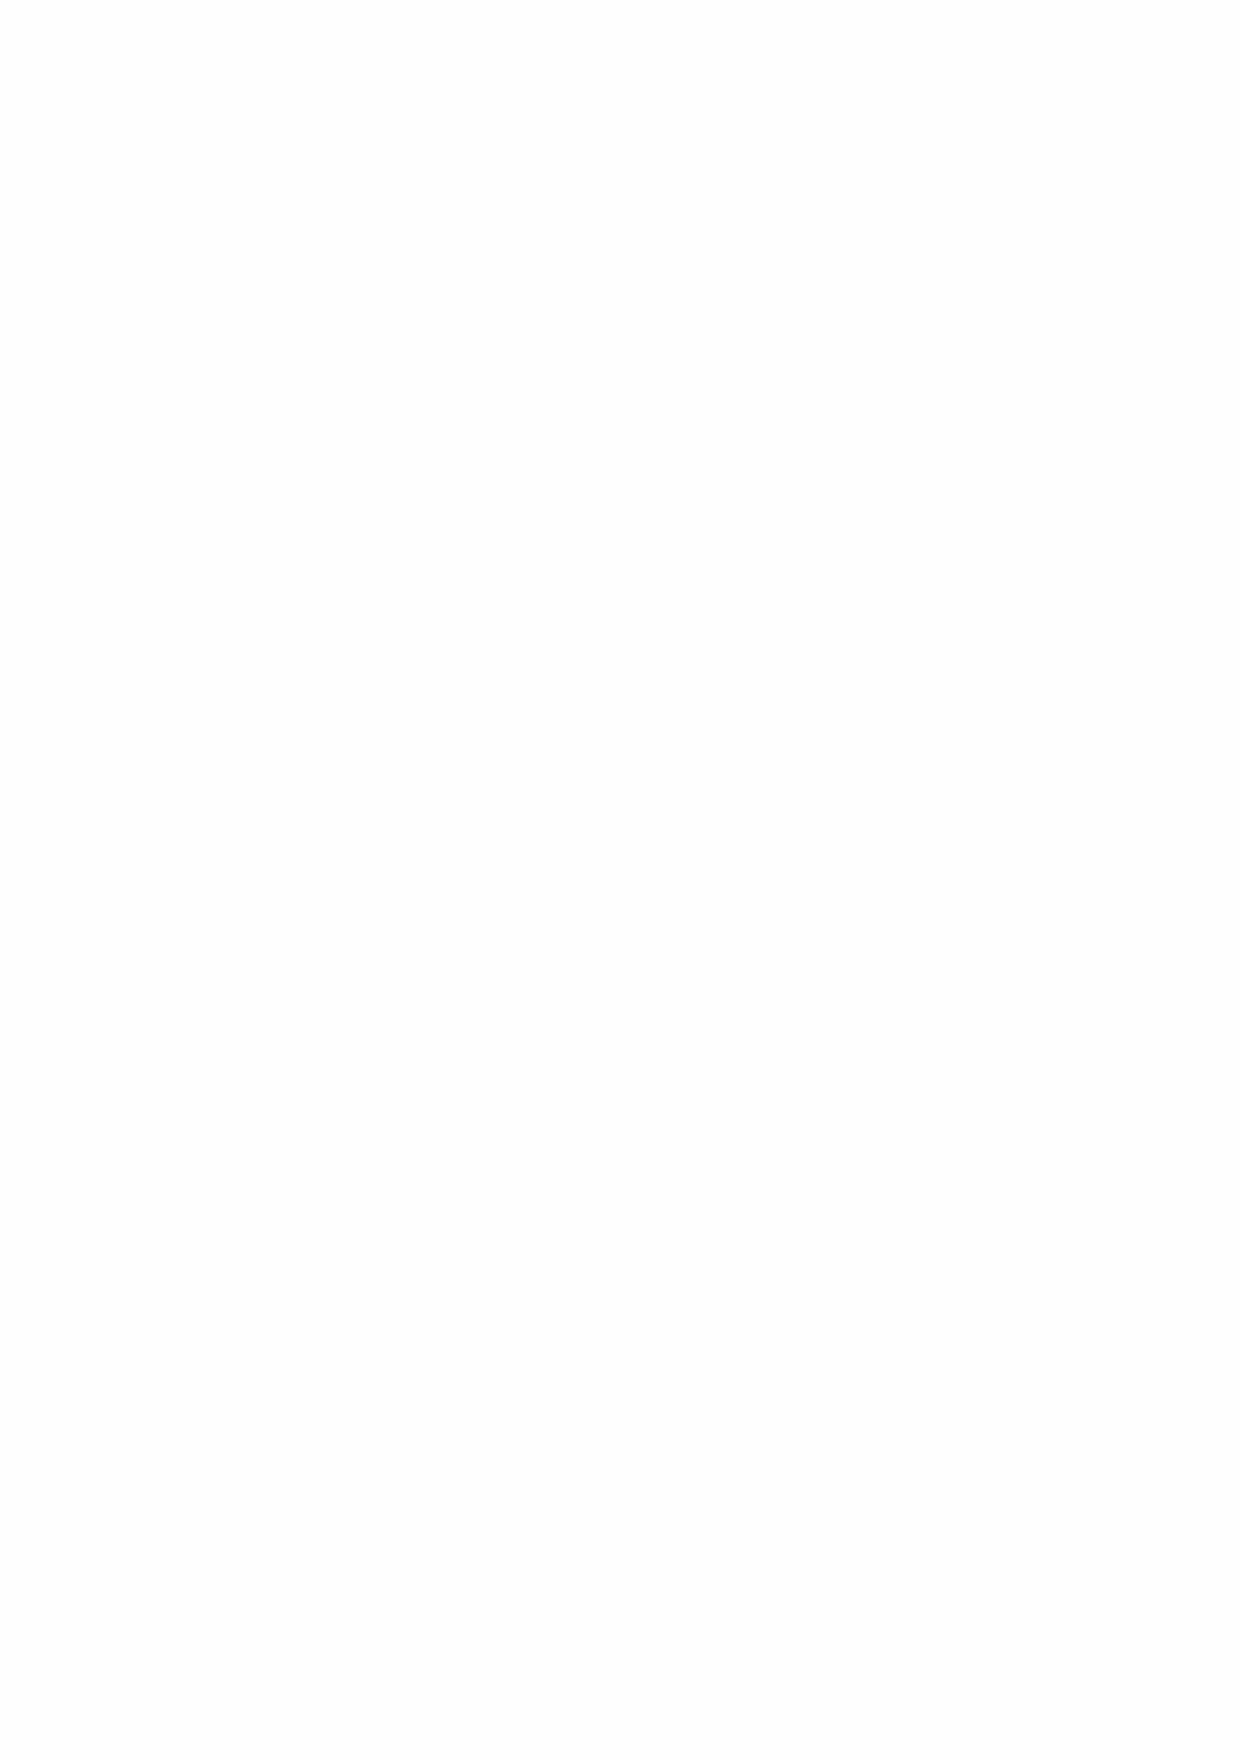
A five-year Short-Term Plan (STP) is prepared annually comprising individual plans for each of the
 Hospital’s major activities prepared by the agents and managers responsible, including the
 sheltered housing schemes, the directly held estates, quoted investments, headquarters and the
 Royal Hospital School. The School’s STP is approved by its Board of Governors. The combined
 STP is approved by the Director and reviewed by the Advisory Panel and Advisory Board.
 All the Hospital’s directly held property and financial investments, as well as its sheltered housing
 provision, are managed by independent specialists. The specialist managers are required to
 provide regular financial reports, with challenge from the Hospital’s Management where results
 significantly differ from budgets and expected performance.
 4.4 Financial Governance and Internal Controls Reviews
 During the year, following on from various internal audits undertaken and other internal reviews of
 Greenwich Hospital’s control environment, weaknesses in the control environment were noted by
 Management that were below the standards that the organisation aims to meet in its fiduciary
 responsibilities. Issues noted were reviewed to ensure that none gave rise to any significant
 matters that would materially impact Greenwich Hospital’s assurances around its financial
 management, particularly as regards these financial statements. However, actions have been
 taken following these reviews to further improve the control environment. Greenwich Hospital
 notes the increasing challenges for all organisations around management of fraud, both internal
 and external, and is striving to continually improve.
 4.5 Management Information
 Executive information, including all financial reporting, is prepared either by internal Greenwich
 Hospital staff or external professional consultants. Advisory Board endorsement, where required,
 is given based on the Board being satisfied that the data is accurate and of sufficient quality.
 Board meetings and Committee meetings are minuted, and amendments to management reports
 or information are approved where necessary. The minutes and papers of the Advisory Board and
 subcommittees are deposited periodically in the National Archives as a matter of public record.
 Monthly management accounts are produced for the Senior Management Team, and the most
 recent versions are reported to the Advisory Panel.
 4.6 Summary of Financial Highlights
 The top-level results are:
 Highlights from Group SOFA               2020      2019
 £m        £m
 Total Income                             29.0      32.3
 Total Expenditure                       (29.7)    (29.8)
 Net Spend                                (0.7)      2.5
 Net (losses)/gains from disposals        (1.1)      2.8
 Net (losses)/gains from revaluations    (21.9)      3.9
 Net (Expenditure)/Income                (23.7)      9.2
 Actuarial loss on pension                (0.9)     (4.9)
 Net gain on revaluation of charitable properties 1.8 0.9
 (Decrease)/Increase in Funds in the period (22.8)   5.2
 Balance brought forward 1 September     387.0     381.8
 Balance carried forward 31 August       364.2     387.0
 20